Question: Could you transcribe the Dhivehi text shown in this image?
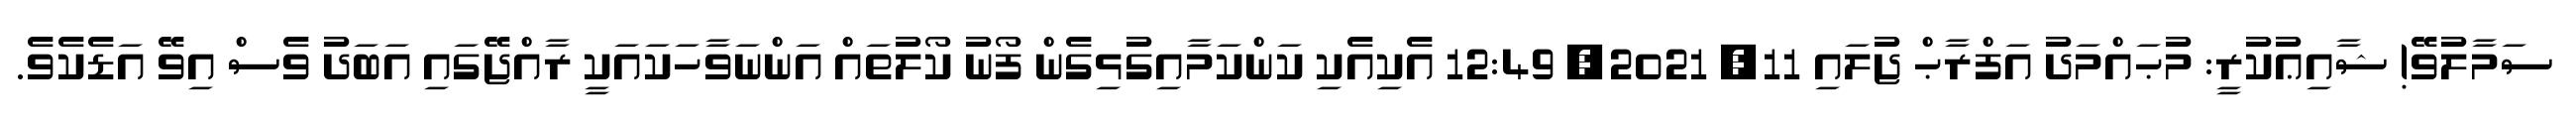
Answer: ސަމާލުވޭ! ޝާއިޢުކުރީ: މުޙައްމަދު އަފްރާޙް ޖުލައި 11, 2021, 12:49 އެކިއެކި ކަންކަމާއިގުޅިގެން ފޯނު ކޯލުތައް އަންނަވާހަކައަކީ ރާއްޖޭގައި އަބަދު ވެސް އިވޭ އަޑެކެވެ.